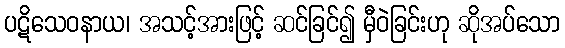
ပဋိသေဝနာယ၊ အသင့်အားဖြင့် ဆင်ခြင်၍ မှီဝဲခြင်းဟု ဆိုအပ်သော